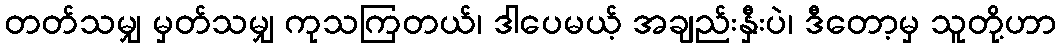
တတ်သမျှ မှတ်သမျှ ကုသကြတယ်၊ ဒါပေမယ့် အချည်းနှီးပဲ၊ ဒီတော့မှ သူတို့ဟာ